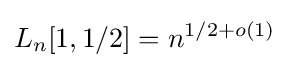
L_{n}[1,1/2]=n^{1/2+o(1)}